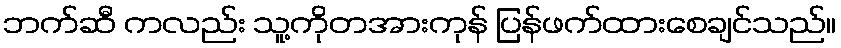
ဘက်ဆီ ကလည်း သူ့ကိုတအားကုန် ပြန်ဖက်ထားစေချင်သည်။